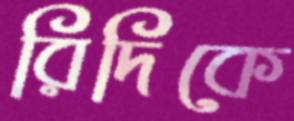
রিদিকে